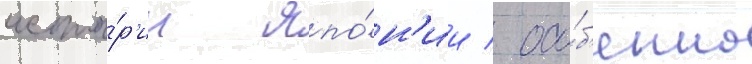
исто́р'ии япо́н'ии / осо́б'енно